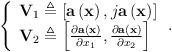
LaTeX: \begin{align*}\begin{aligned}\left\{\begin{array}{*{20}{l}}\textbf{V}_1 \triangleq \left[\textbf{a}\left(\textbf{x}\right),j\textbf{a}\left(\textbf{x}\right)\right]\\\textbf{V}_2 \triangleq \left[ \frac {\partial \textbf{a}\left(\textbf{x}\right)}{\partial x_1},\frac {\partial \textbf{a}\left(\textbf{x}\right)}{\partial x_2}\right]\end{array}\right..\end{aligned}\end{align*}